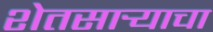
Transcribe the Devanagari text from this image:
शेतसार्‍याचा